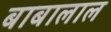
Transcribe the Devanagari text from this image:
बाबालाल